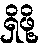
ရှိဖို့